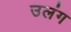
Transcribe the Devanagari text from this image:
उलंग